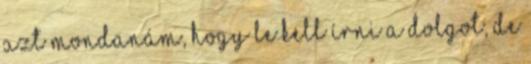
azt mondanám, hogy le kell írni a dolgot, de